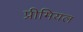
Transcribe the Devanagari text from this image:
प्रीमियल